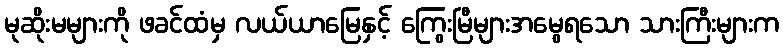
မုဆိုးမများကို ဖခင်ထံမှ လယ်ယာမြေနှင့် ကြွေးမြီများအမွေရသော သားကြီးများက